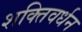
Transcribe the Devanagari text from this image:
शक्तिवर्धन